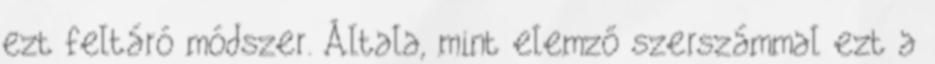
ezt feltáró módszer. Általa, mint elemző szerszámmal ezt a